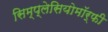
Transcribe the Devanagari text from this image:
सिम्प्लेसियोमॉर्फी